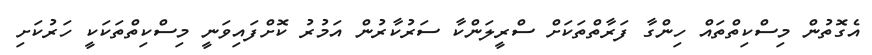
އެގޮތުން މިސްކިތްތައް ހިންގާ ފަރާތްތަކަށް ސްރީލަންކާ ސަރުކާރުން އަމުރު ކޮށްފައިވަނީ މިސްކިތްތަކަކީ ހަރުކަށި